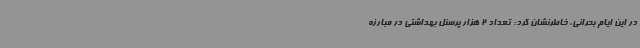
در این ایام بحرانی، خاطرنشان کرد: تعداد 2 هزار پرسنل بهداشتی در مبارزه